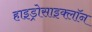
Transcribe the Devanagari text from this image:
हाइड्रोसाइक्लॉन